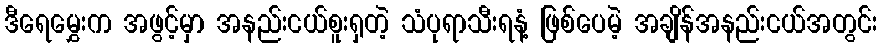
ဒီရေမွှေးက အဖွင့်မှာ အနည်းငယ်စူးရှတဲ့ သံပုရာသီးရနံ့ ဖြစ်ပေမဲ့ အချိန်အနည်းငယ်အတွင်း